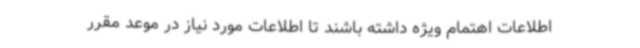
اطلاعات اهتمام ویژه داشته باشند تا اطلاعات مورد نیاز در موعد مقرر